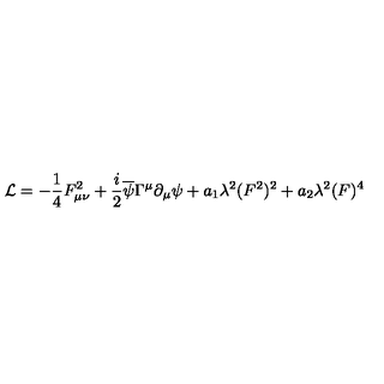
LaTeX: { \cal L } = - { \frac { 1 } { 4 } } F _ { \mu \nu } ^ { 2 } + { \frac { i } { 2 } } \overline { { \psi } } \Gamma ^ { \mu } \partial _ { \mu } \psi + a _ { 1 } \lambda ^ { 2 } ( F ^ { 2 } ) ^ { 2 } + a _ { 2 } \lambda ^ { 2 } ( F ) ^ { 4 }